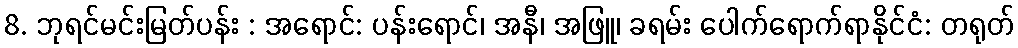
8. ဘုရင်မင်းမြတ်ပန်း : အရောင်: ပန်းရောင်၊ အနီ၊ အဖြူ၊ ခရမ်း ပေါက်ရောက်ရာနိုင်ငံ: တရုတ်